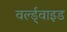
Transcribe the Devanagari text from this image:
वर्ल्ड्वाइड